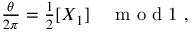
\begin{array} { r } { \frac { \theta } { 2 \pi } = \frac { 1 } { 2 } [ X _ { 1 } ] \quad \mathrm { ~ m ~ o ~ d ~ 1 ~ } , } \end{array}